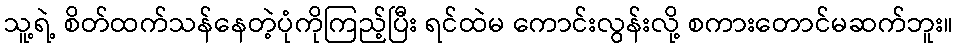
သူ့ရဲ့ စိတ်ထက်သန်နေတဲ့ပုံကိုကြည့်ပြီး ရင်ထဲမ ကောင်းလွန်းလို့ စကားတောင်မဆက်ဘူး။